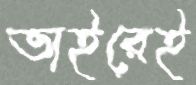
ভাইরেই